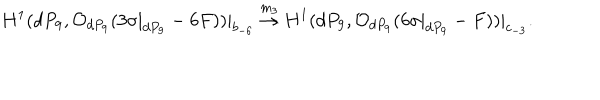
H ^ { 1 } ( d P _ { 9 } , { \cal O } _ { d P _ { 9 } } ( 3 \sigma | _ { d P _ { 9 } } - 6 F ) ) | _ { b _ { - 6 } } \stackrel { m _ { 3 } } { \rightarrow } H ^ { 1 } ( d P _ { 9 } , { \cal O } _ { d P _ { 9 } } ( 6 \sigma | _ { d P _ { 9 } } - F ) ) | _ { c _ { - 3 } } .